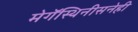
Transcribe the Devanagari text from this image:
मेगॅस्थिनीसनेही